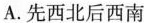
A.先西北后西南